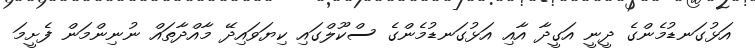
އަޅުގަނޑުމެންގެ ދީނީ އަގީދާ އާއި އަޅުގަނޑުމެންގެ ސްކޫލްގައި ކިޔަވައިދޭ މާއްދާތައް ނުނިންމަން ފެށީމަ